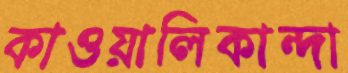
কাওয়ালিকান্দা